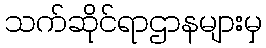
သက်ဆိုင်ရာဌာနများမှ